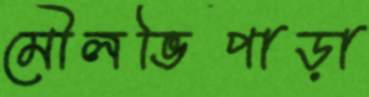
মৌলভিপাড়া